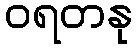
ဝရတနု